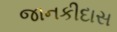
જાનકીદાસ